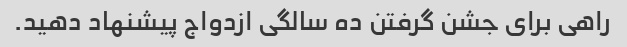
راهی برای جشن گرفتن ده سالگی ازدواج پیشنهاد دهید.